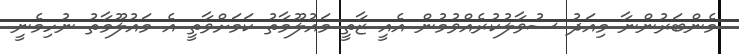
މެންބަރުންނާ މިއަދު ސުވާލުކުރެއްވުމުން އެއީ ޒާތީ މައުލޫމާތު ކަމަށްވާތީ އެ މައުލޫމާތު ނުހިމެނީ